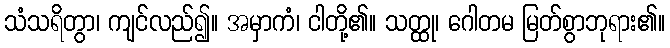
သံသရိတွာ၊ ကျင်လည်၍။ အမှာကံ၊ ငါတို့၏။ သတ္ထု၊ ဂေါတမ မြတ်စွာဘုရား၏။